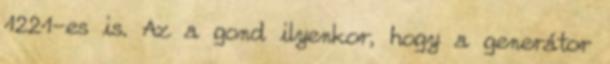
1221-es is. Az a gond ilyenkor, hogy a generátor